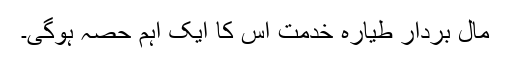
مال بردار طیارہ خدمت اس کا ایک اہم حصہ ہوگی۔